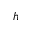
h